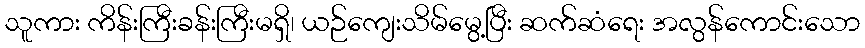
သူကား ကိန်းကြီးခန်းကြီးမရှိ၊ ယဉ်ကျေးသိမ်မွေ့ပြီး ဆက်ဆံရေး အလွန်ကောင်းသော